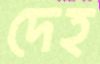
দেহ